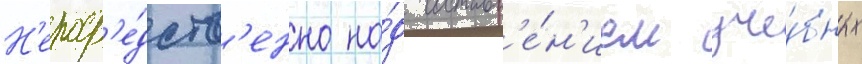
Н'епоср'е́дств'енно на́д составл'е́н'ием уче́бных